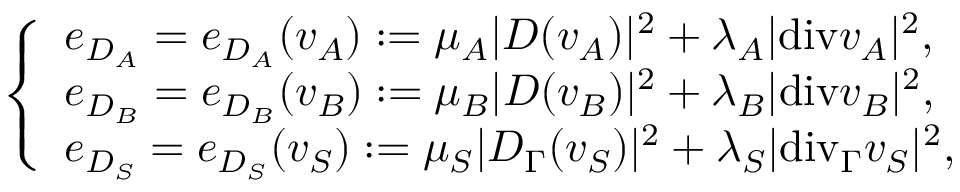
\left\{ \begin{array} { l l } { e _ { D _ { A } } = e _ { D _ { A } } ( v _ { A } ) : = \mu _ { A } \vert D ( v _ { A } ) \vert ^ { 2 } + \lambda _ { A } \vert \mathrm { { d i v } } v _ { A } \vert ^ { 2 } , } \\ { e _ { D _ { B } } = e _ { D _ { B } } ( v _ { B } ) : = \mu _ { B } \vert D ( v _ { B } ) \vert ^ { 2 } + \lambda _ { B } \vert { \mathrm { d i v } } v _ { B } \vert ^ { 2 } , } \\ { e _ { D _ { S } } = e _ { D _ { S } } ( v _ { S } ) : = \mu _ { S } \vert D _ { \Gamma } ( v _ { S } ) \vert ^ { 2 } + \lambda _ { S } \vert \mathrm { { d i v } } _ { \Gamma } v _ { S } \vert ^ { 2 } , } \end{array} \right.